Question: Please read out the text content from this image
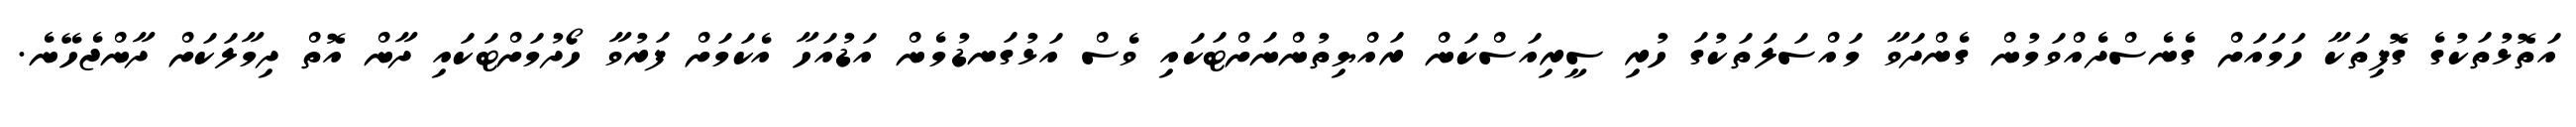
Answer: އަތޮޅުތަކުގެ ގޮފިތަކާ ހަމައަށް ގެނެސްދެއްވަމުން ގެންދަވާ މައްސަލަތަކުގަ ހުރި ސީރިއަސްކަން ރައްޔިތުންނަށްޓަކައި ވެސް އަޅުގަނޑުމެން އަޑުއަހާ އެކަމަށް ފަރުވާ ހޯދުމަށްޓަކައި ދާން އޮތް ދިމާލަކަށް ދާންޖެހޭނެ.